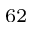
^ { 6 2 }